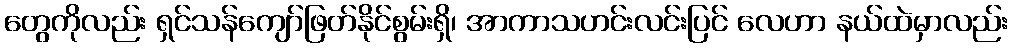
တွေကိုလည်း ရှင်သန်ကျော်ဖြတ်နိုင်စွမ်းရှိ၊ အာကာသဟင်းလင်းပြင် လေဟာ နယ်ထဲမှာလည်း